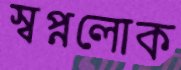
স্বপ্নলোক